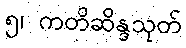
၅၊ ကတိဆိန္ဒသုတ်